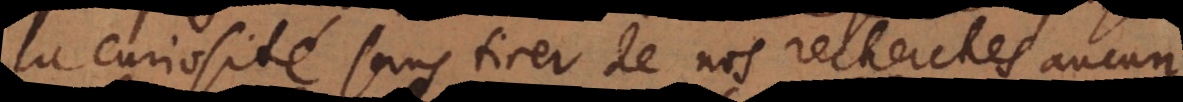
la curiosité sans tirer de nos recherches aucun